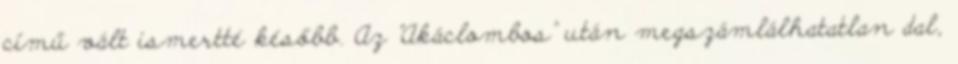
című vált ismertté később. Az "Akáclombos" után megszámlálhatatlan dal,